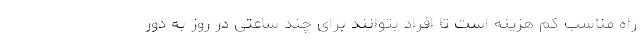
راه مناسب کم هزینه است تا افراد بتوانند برای چند ساعتی در روز به دور